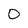
Character: 0